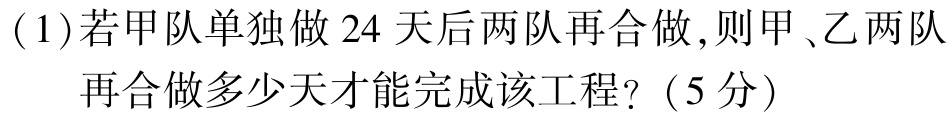
(1)若甲队单独做 24 天后两队再合做，则甲、乙两队再合做多少天才能完成该工程？（5 分）